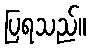
ပြရသည်။